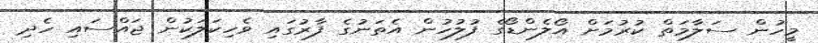
މީހުން ސަލާމަތް ކުރުމަށް އޯލެންޑޯގެ ފުލުހުން އެތަނުގެ ފާރުގައި ވެހިކަލަކުން ޖައްސައި ހެދި